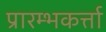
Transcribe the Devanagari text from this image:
प्रारम्भकर्त्ता